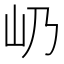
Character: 屷